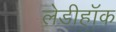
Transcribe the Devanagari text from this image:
लेडीहॉक